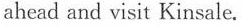
ahead and visit Kinsale.